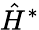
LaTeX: {\hat{H}}^{*}